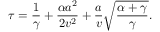
\tau = \frac { 1 } { \gamma } + \frac { \alpha a ^ { 2 } } { 2 v ^ { 2 } } + \frac { a } { v } \sqrt { \frac { \alpha + \gamma } { \gamma } } .